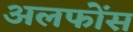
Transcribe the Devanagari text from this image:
अलफोंस